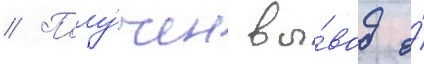
// Полу́чен вы́вод о́